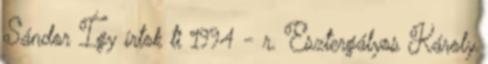
Sándor Így írtok ti 1994 - r. Esztergályos Károly